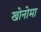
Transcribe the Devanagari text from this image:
खोनोमा